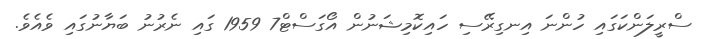
ސްރީލަންކަގައި ހުންނަ އިނގިރޭސި ހައިކޮމިޝަނުން އޯގަސްޓް7 1959 ގައި ނެރުނު ބަޔާނުގައި ވެއެވެ.